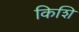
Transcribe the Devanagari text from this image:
किशि